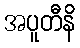
အပူတီနိ